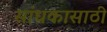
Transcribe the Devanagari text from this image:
सांधकासाठी